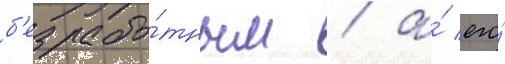
б'езрабо́тным / а́ его́